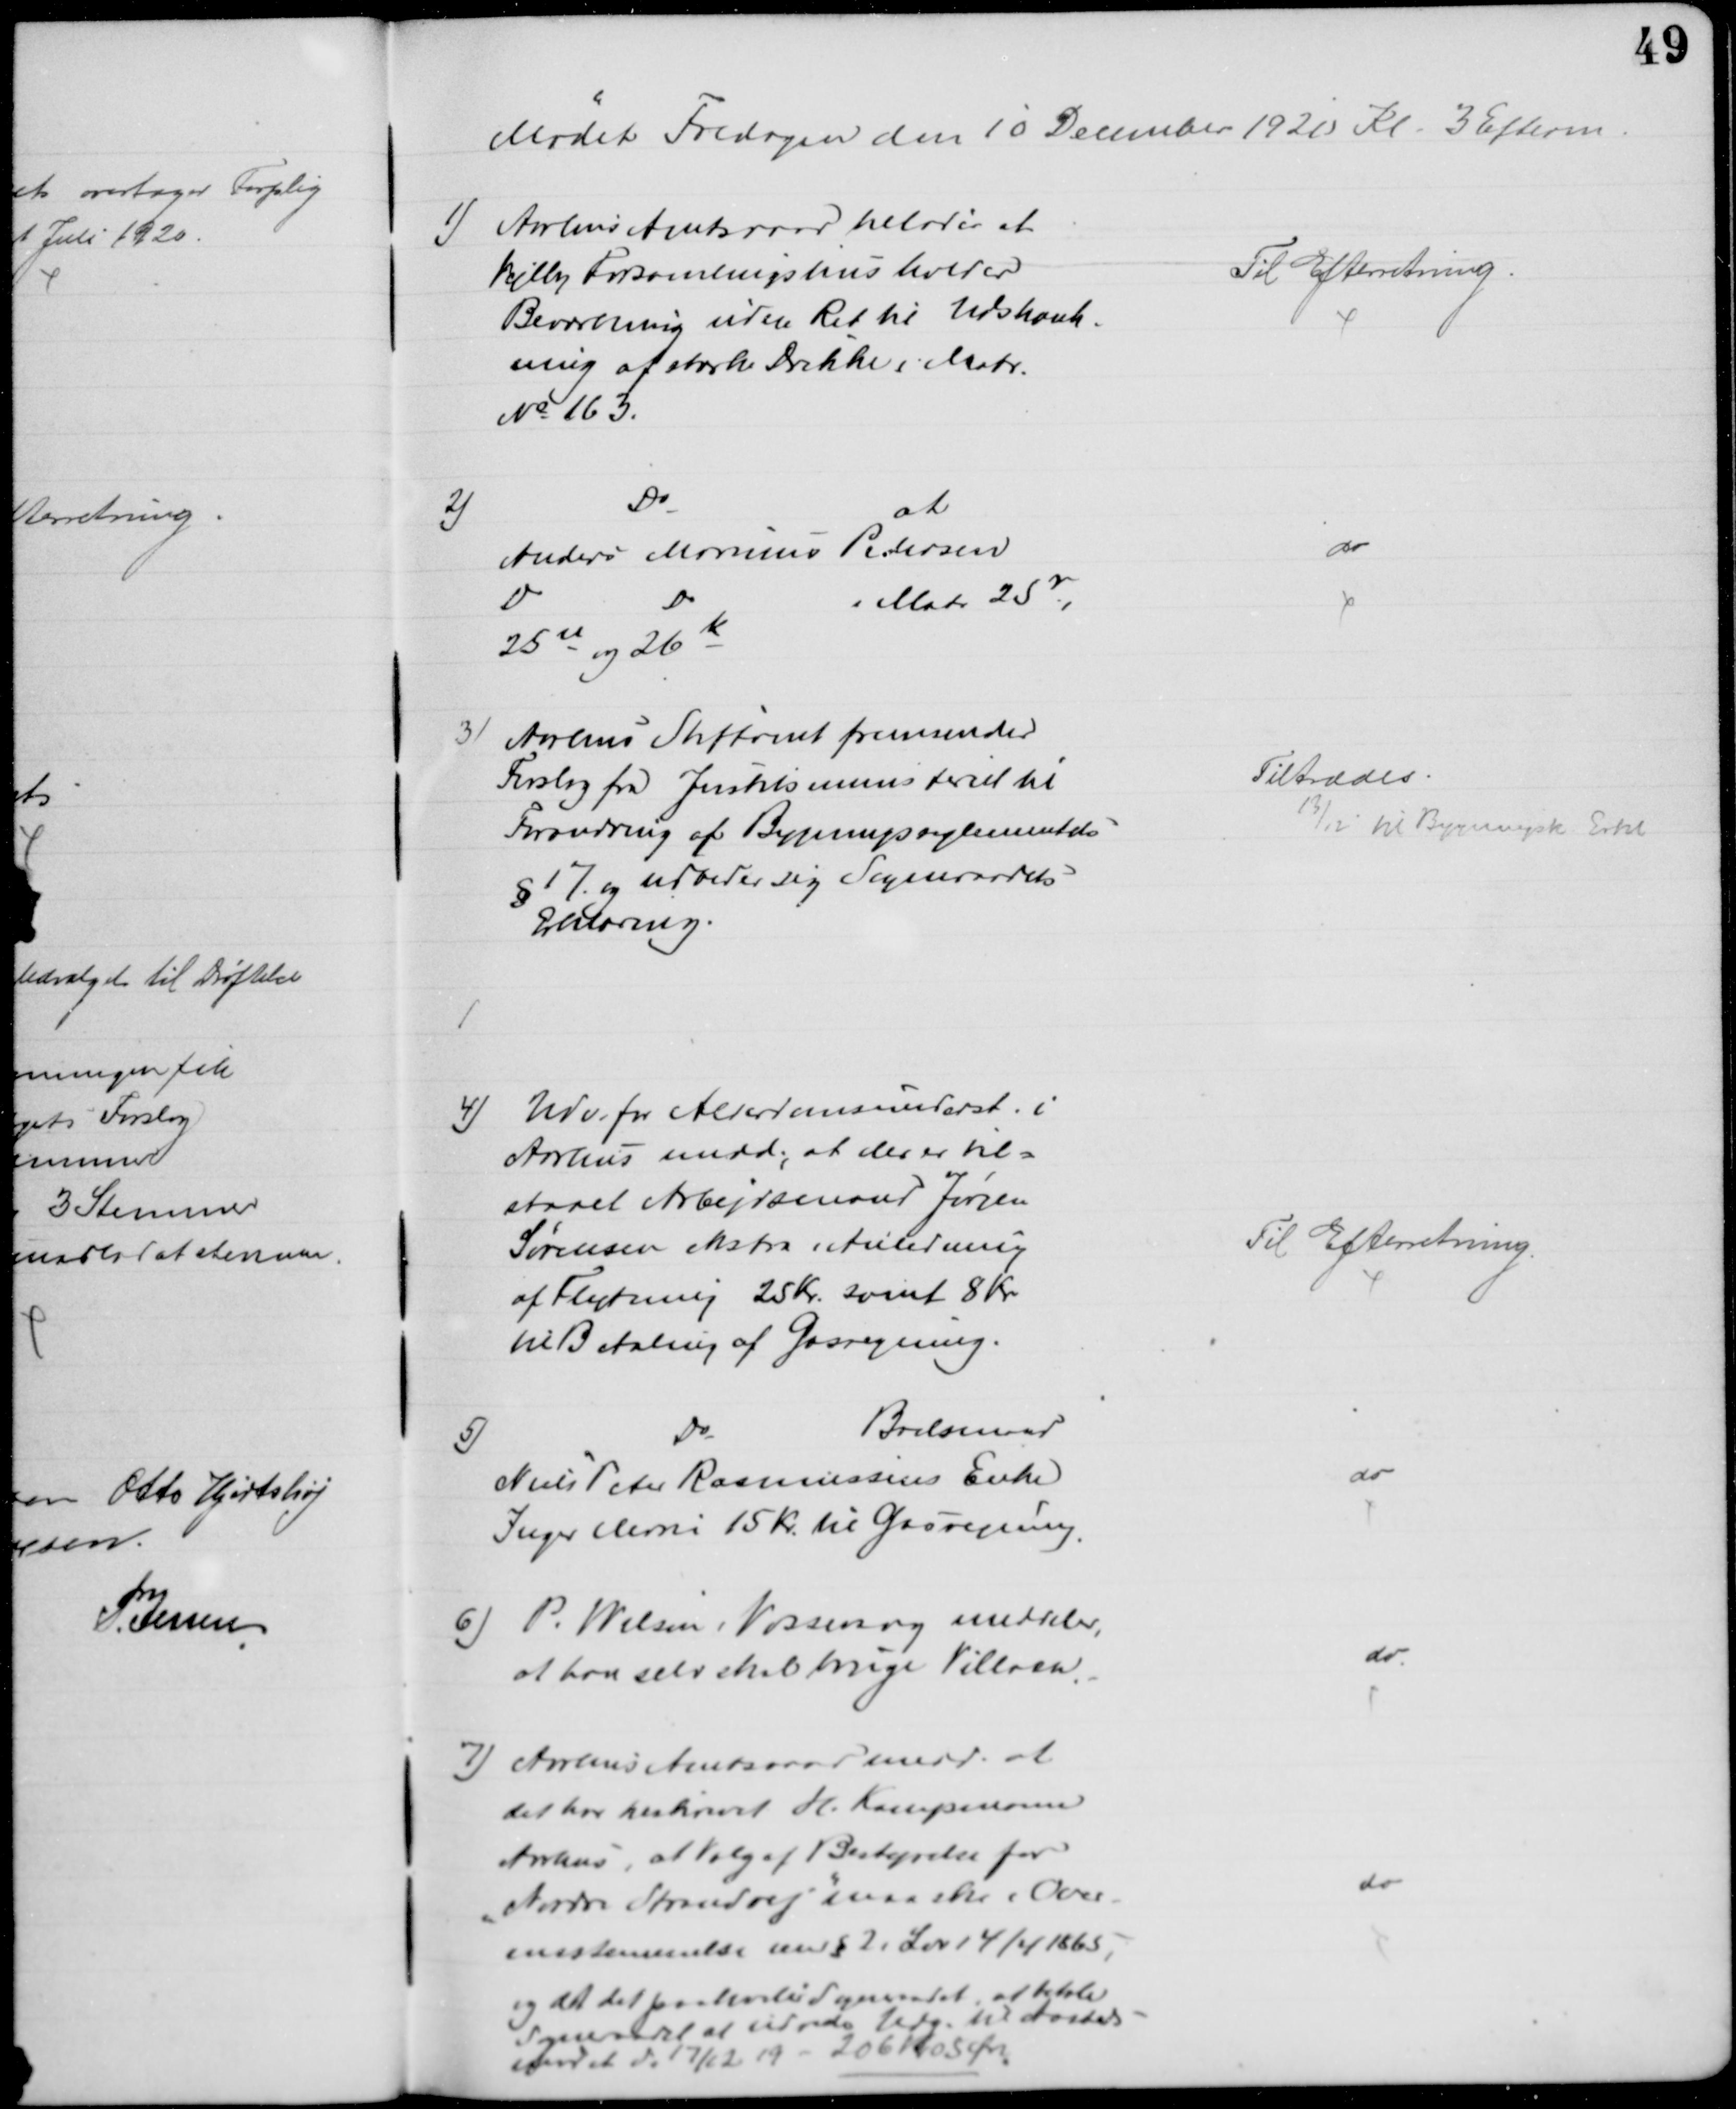
Transskription:
Mødet Fredagen den 10 December 1920 Kl. 3 Efterm.
1) Aarhus Amtsraad tillader at
Vejlby Forsamlingshus holder
Beværtning uden Ret til Udskænk-
ning af stærke Drikke i Matr.
№ 163.
Til Efterretning.
2)
Do
at
Anders Marinus Pedersen
Do
Do
i Matr 25r,
25u og 26k
do
3) Aarhus Stiftamt fremsender
Forslag fra Justitsministeriet til
Forandring af Bygningsreglementets
§ 17 og udbeder sig Sogneraadets
Erklæring.
Tiltrædes.
13/12 til Bygningsk. Erkl
4) Udv. for Alderdomsunderst. i
Aarhus medd., at der er til=
staaet Arbejdsmand Jørgen
Sørensen ekstra i Anledning
af Flytning 25 Kr. samt 8 Kr
til Betaling af Gasregning.
Til Efterretning.
5)
Do
Boelsmand
Niels Peter Rasmussens Enke
Inger Marie 15 Kr til Gasregning.
do
6) P. Wilsen, Vosnæsg meddeler,
at han selv skal bruge Villaen.
do
7) Aarhus Amtsraad medd. at
det har tilskrevet H. Kampmann
Aarhus, at Valg af Bestyrelse for
"Nordre Strandvej" maa ske i Over-
ensstemmelse med § 2. Lov 14/4 1865,
og at det paahviler Sogneraadet, at betale
Sogneraadet at udrede Udg. til Aasteds-
forret d. 17/12 19 - 206 Kr 05 Øre.
do